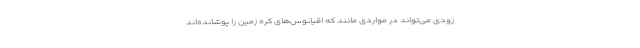
زودی می‌تواند در مواردی مانند که اقیانوس‌های کره زمین را پوشانده‌اند